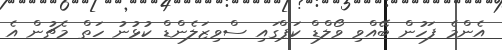
އެންމެ ފަހުން ބޭއްވި ވޯލްޑް ކަޕްގައި ސްވިޒަލެންޑް ކުޅުނު ހަތް މެޗުން އެ